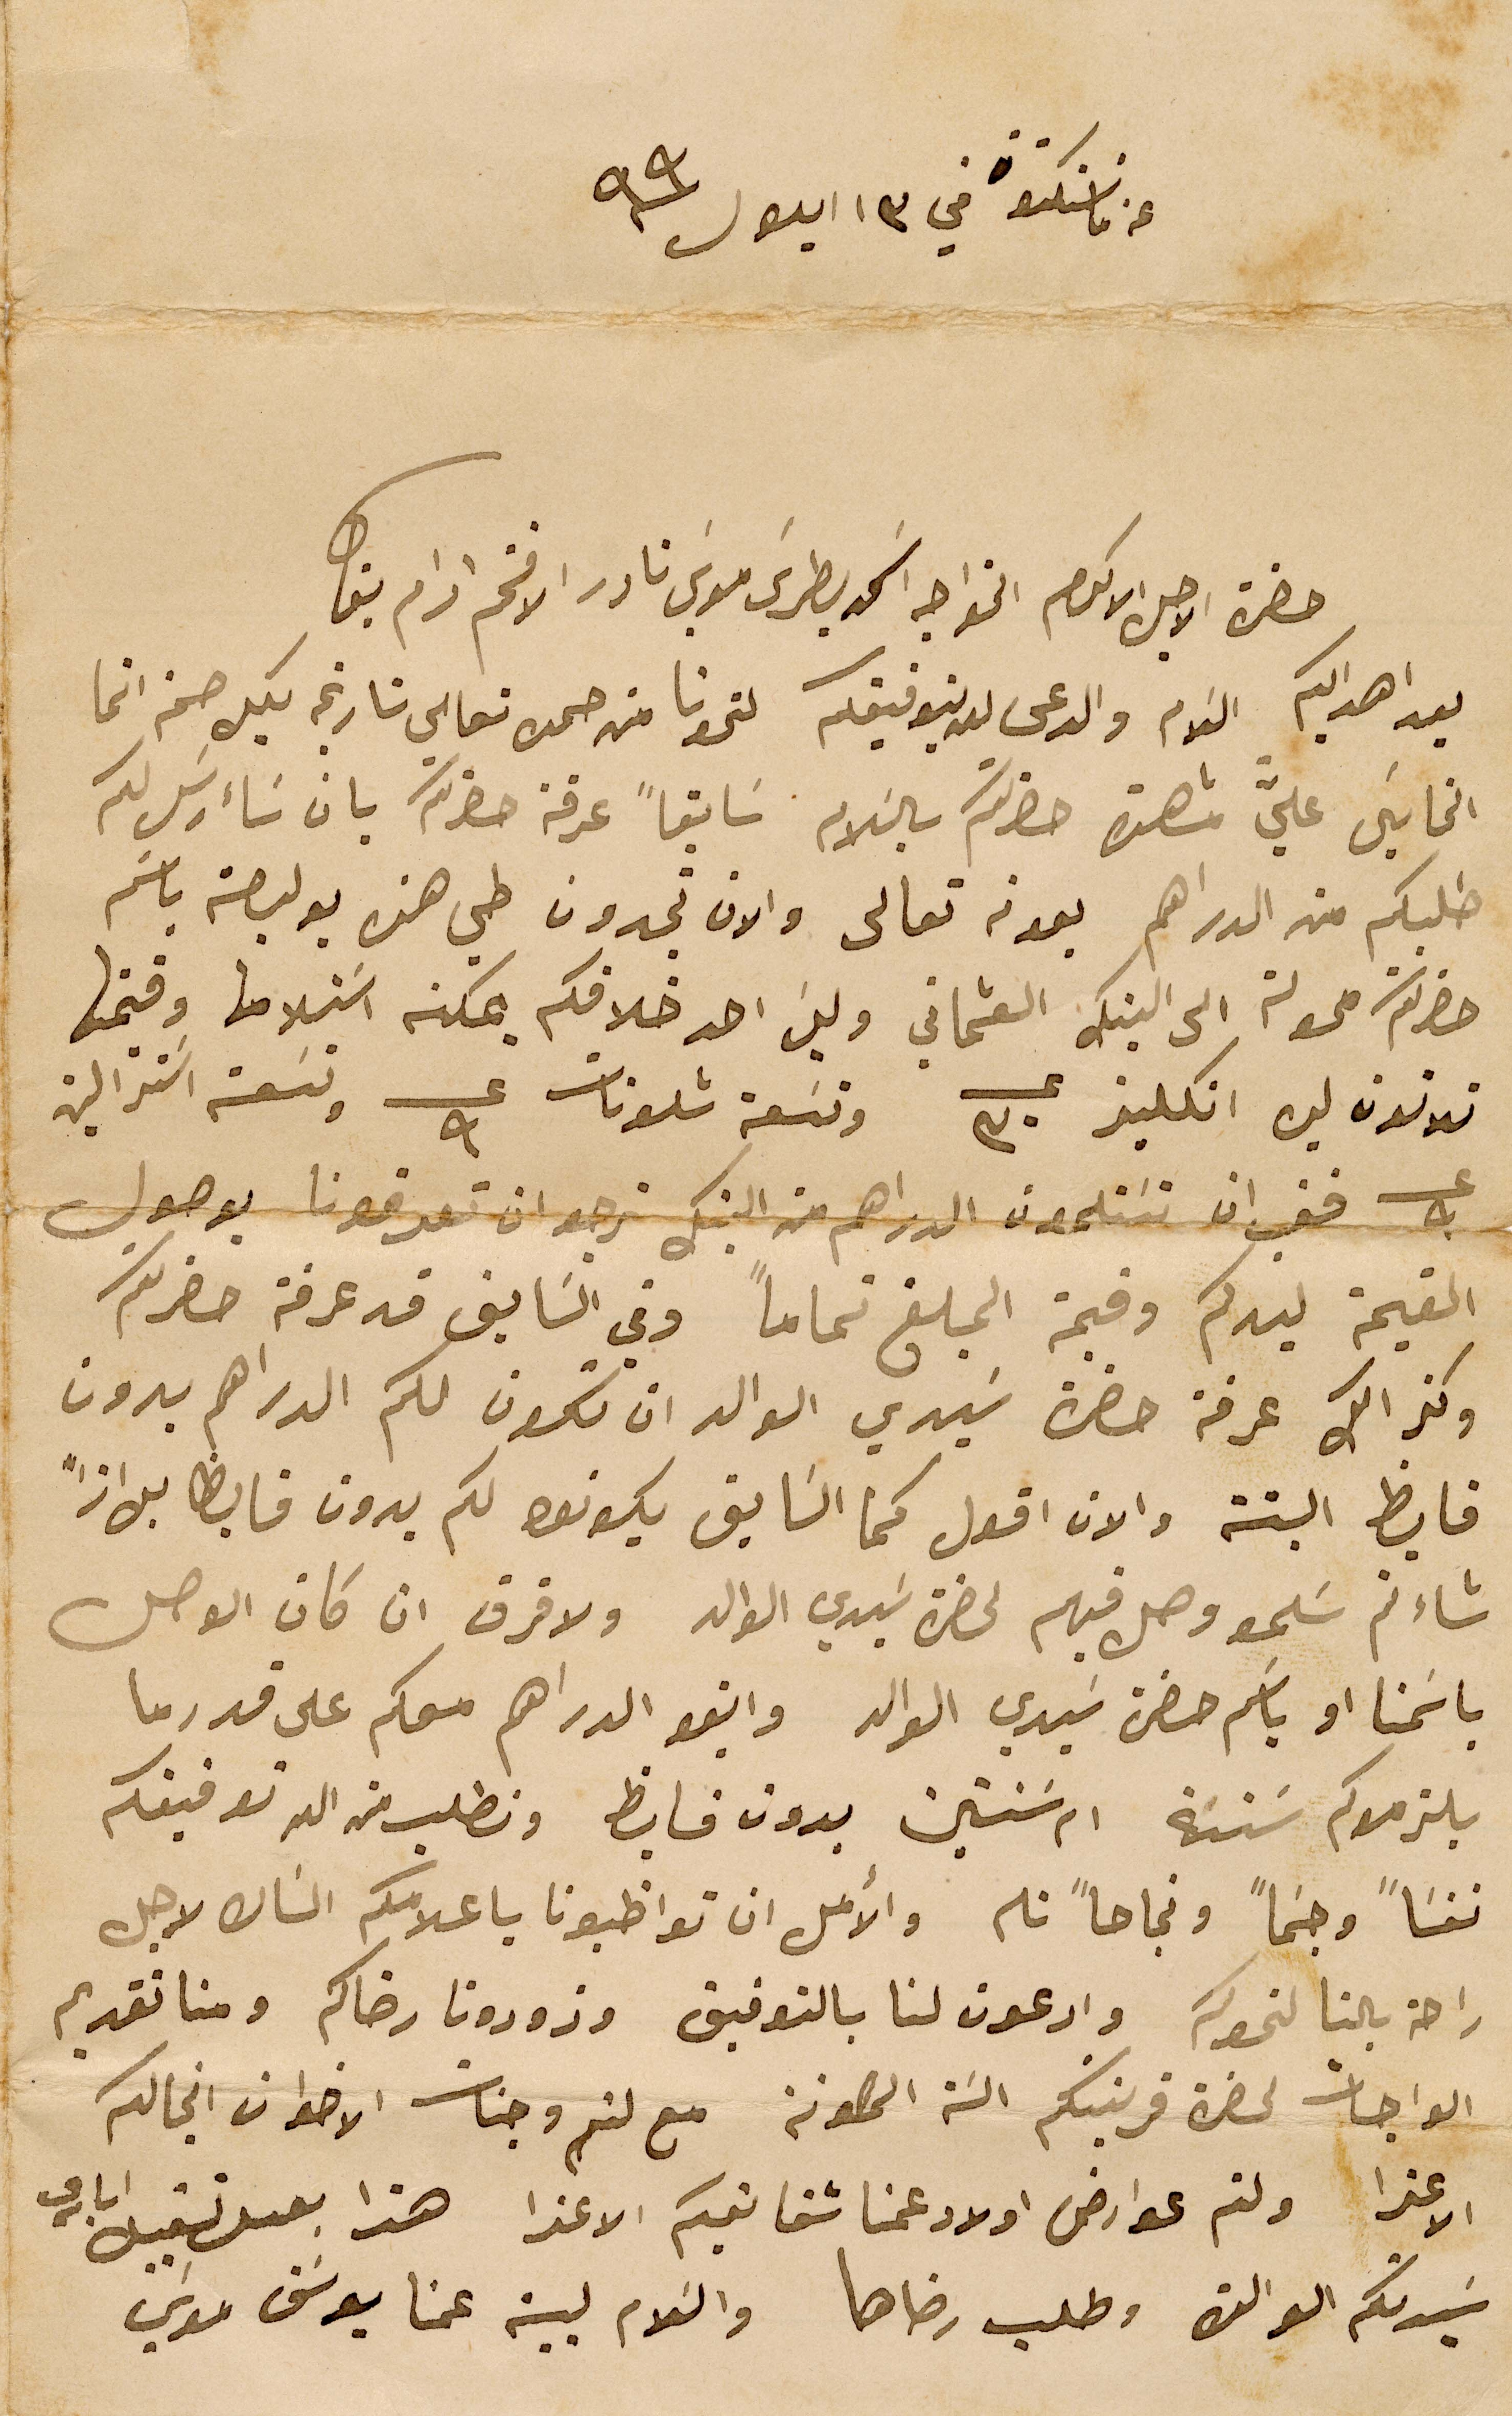
عن ماننكتون في ١٣ ايلول سنة ٩٩
حضرة الاجل الاكرم الخواجه اسَعد بطرسَ موسَى نادر الافخم ادام بقاه
بعد اهدايكم السَلام والدعى لله بتوفيقكم لنحونا من حمده تعالى تاريخه بكل صحة انما
 الخايسَ عليَّ مشاهدة حضرتكم بالسَلام سَابقاً عرفة حضرتكم بان سَاءرسَل لكم
طلبكم من الدراهم بعونه تعالى والان تجدون طي هذه بوليصة باسَم
حضرتكم محولة الى البنك العثماني وليسَ احد خلافكم يمكنه اسَتلامها وقيمتها
تلاتون ليره انكليز عــ ٣٠ وتسَعة شلونات عــ ٩ وتسَعة اسَترالية
عــ ٩ فغب ان تسَتلمون الدراهم من البنك نرجو ان تعرفونا بوصول
القيمة ليدكم وقيمة المبلغ تماماً وفي السَابق قد عرفة حضرتكم
وكذالك عرفة حضرة سَيدي الوالد ان تكون لكم الدراهم بدون
فايظ البتة والان اقول كما السَابق يكونو لكم بدون فايظ بل اذاً
شاءتم سَلمو وصل فيهم لحضرة سَيدي الوالد ولا فرق ان كان الوصل
باسَمنا او باسَم حضرة سَيدي الوالد وابقو الدراهم معكم على قدر ما
يلزموكم سَنة ام سَنتين بدون فايظ ونطلب من الله توفيقكم
نفسَاً وجسَماً ونجاحاً تام والأمل ان تواظبونا باعلامكم الشان لاجل
راحة بالنا لنحوكم وادعون لنا بالتوفيق وزودونا رضاكم ومنا تقديم
الواجبات لحضرة قرينتكم السَة المصونة مع لثم وجنات الاخوان انجالكم
الاعزا ولتم عوارض اولاد عمنا شقايقكم الاعزا هذا بعد تقبيل ايادي
سَيدتكم الوالدة وطلب رضاها والسَلام لبيت عمنا يوسَف موسَي